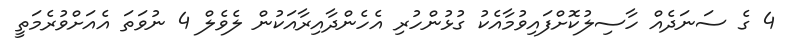
4 ގެ ސަނަދެއް ހާސިލުކޮށްފައިވުމާއެކު ގުޅުންހުރި އެހެންދާއިރާއަކުން ލެވެލް 4 ނުވަތަ އެއަށްވުރެމަތީ